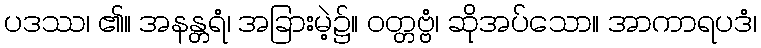
ပဒဿ၊ ၏။ အနန္တရံ၊ အခြားမဲ့၌။ ဝတ္တဗ္ဗံ၊ ဆိုအပ်သော။ အာကာရပဒံ၊